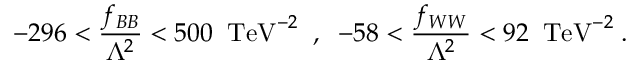
- 2 9 6 < \frac { f _ { B B } } { \Lambda ^ { 2 } } < 5 0 0 \; \; \mathrm { T e V } ^ { - 2 } \; \; , \; \; - 5 8 < \frac { f _ { W W } } { \Lambda ^ { 2 } } < 9 2 \; \; \mathrm { T e V } ^ { - 2 } \; .